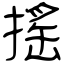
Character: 搖